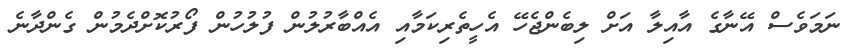
ނަމަވެސް އޭނާގެ އާއިލާ އަށް ލިބެންޖެހޭ އެހީތެރިކަމާއި އެއްބާރުލުން ފުލުހުން ފޯރުކޮށްދެމުން ގެންދާނެ